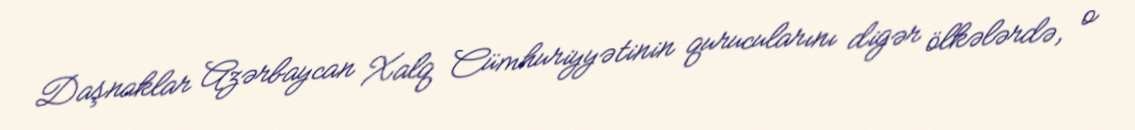
Daşnaklar Azərbaycan Xalq Cümhuriyyətinin qurucularını digər ölkələrdə, o